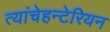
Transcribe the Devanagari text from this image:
त्यांचेहन्टेरियन